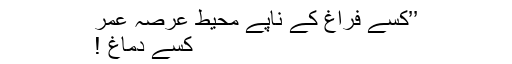
’’کسے فراغ کے ناپے محیط عرصہ عمر
کسے دماغ !